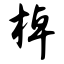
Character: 棹